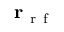
\mathbf { r } _ { \mathrm { ~ r ~ f ~ } }